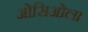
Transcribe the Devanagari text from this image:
ओसिओला